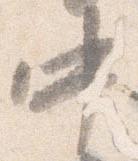
中